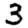
Digit: 3